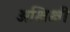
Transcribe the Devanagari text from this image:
अक्षिक्षी